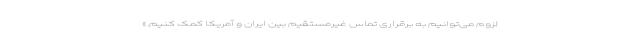
لزوم می‌توانیم به برقراری تماس غیرمستقیم بین ایران و آمریکا کمک کنیم.»